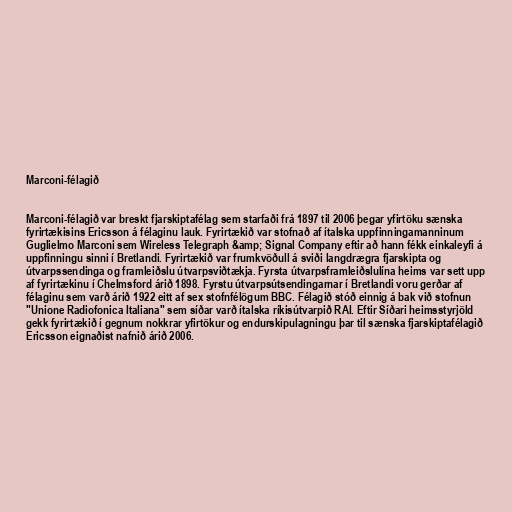
Marconi-félagið

Marconi-félagið var breskt fjarskiptafélag sem starfaði frá 1897 til 2006 þegar yfirtöku sænska
fyrirtækisins Ericsson á félaginu lauk. Fyrirtækið var stofnað af ítalska uppfinningamanninum
Guglielmo Marconi sem Wireless Telegraph &amp; Signal Company eftir að hann fékk einkaleyfi á
uppfinningu sinni í Bretlandi. Fyrirtækið var frumkvöðull á sviði langdrægra fjarskipta og
útvarpssendinga og framleiðslu útvarpsviðtækja. Fyrsta útvarpsframleiðslulína heims var sett upp
af fyrirtækinu í Chelmsford árið 1898. Fyrstu útvarpsútsendingarnar í Bretlandi voru gerðar af
félaginu sem varð árið 1922 eitt af sex stofnfélögum BBC. Félagið stóð einnig á bak við stofnun
"Unione Radiofonica Italiana" sem síðar varð ítalska ríkisútvarpið RAI. Eftir Síðari heimsstyrjöld
gekk fyrirtækið í gegnum nokkrar yfirtökur og endurskipulagningu þar til sænska fjarskiptafélagið
Ericsson eignaðist nafnið árið 2006.